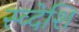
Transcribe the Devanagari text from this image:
स्व्देशि